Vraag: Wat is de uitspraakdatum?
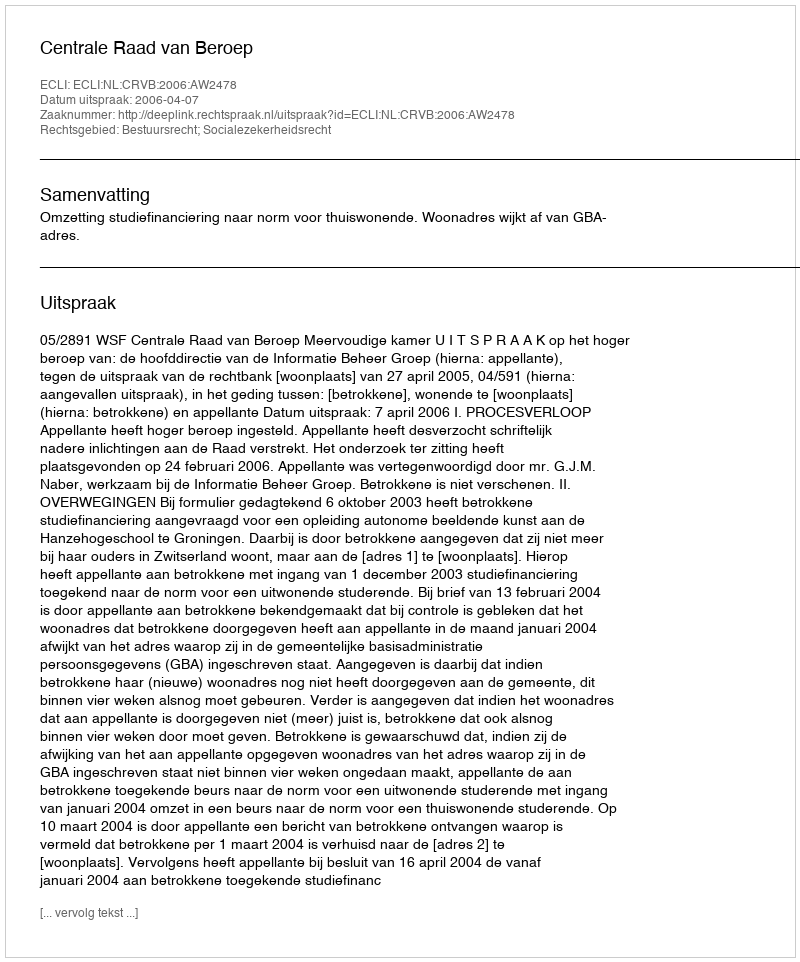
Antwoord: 2006-04-07